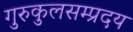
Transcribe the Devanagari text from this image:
गुरुकुलसम्प्रदय